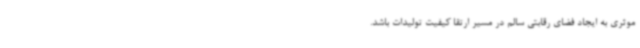
موثری به ایجاد فضای رقابتی سالم در مسیر ارتقا کیفیت تولیدات باشد.